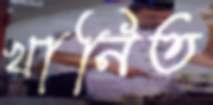
খানিত